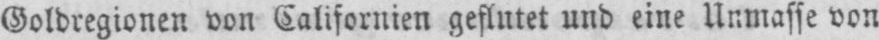
Goldregionen von Californien geflutet und eine Unmasse von